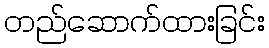
တည်ဆောက်ထားခြင်း